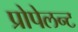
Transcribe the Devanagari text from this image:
प्रोपेलन्ट